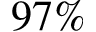
9 7 \%